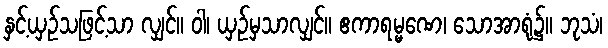
နှင့်ယှဉ်သဖြင့်သာ လျှင်။ ဝါ၊ ယှဉ်မှသာလျှင်။ ဧကာရမ္မဏေ၊ သောအာရုံ၌။ ဘုသံ၊